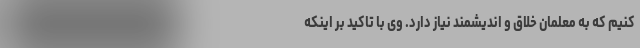
کنیم که به معلمان خلاق و اندیشمند نیاز دارد. وی با تاکید بر اینکه